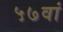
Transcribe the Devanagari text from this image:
५७वां